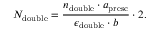
N _ { \mathrm { d o u b l e } } = \frac { n _ { \mathrm { d o u b l e } } \cdot a _ { \mathrm { p r e s c } } } { \epsilon _ { \mathrm { d o u b l e } } \cdot b } \cdot 2 .